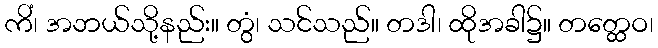
ကိံ၊ အဘယ်သို့နည်း။ တွံ၊ သင်သည်။ တဒါ၊ ထိုအခါ၌။ တတ္ထေဝ၊